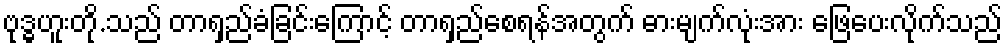
ဗုဒ္ဓဟူးတို.သည် တာရှည်ခံခြင်းကြောင့် တာရှည်စေရန်အတွက် ဓားမျက်လုံးအား ဖြေပေးလိုက်သည်